Indian journal of veterinary science and animal husbandry - Volume 4,
Year: 1934
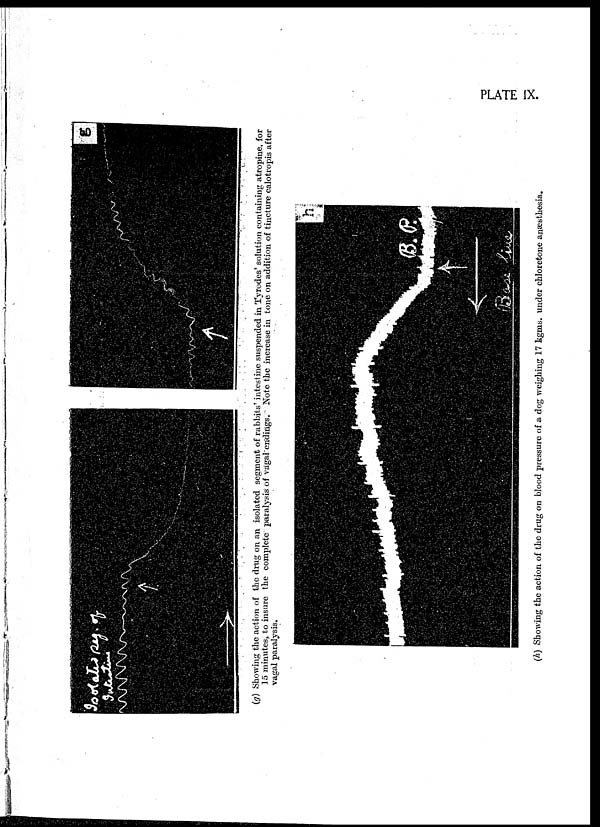
PLATE IX.
(g) Showing the action of the drug on an isolated segment of rabbits' intestine suspended in Tyrodes' solution containing atropine, for
15 minutes, to insure the complete paralysis of vagal endings. Note the increase in tone on addition of tincture calotropis after
vagal paralysis.
(h)
Showing the action of the drug on blood pressure of a dog weighing 17 kgms. under chloretone anæsthesia.